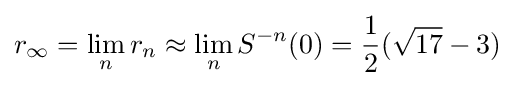
r_{\infty }=\lim _{n}r_{n}\approx \lim _{n}S^{-n}(0)={\frac {1}{2}}({\sqrt {17}}-3)